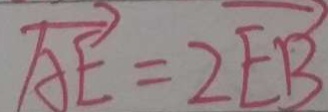
\overrightarrow { A E } = 2 \overrightarrow { E B }